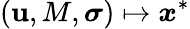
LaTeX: ({\mathbf u},M,\boldsymbol{\sigma})\mapsto{\boldsymbol x}^{*}